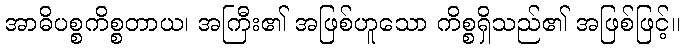
အာဓိပစ္စကိစ္စတာယ၊ အကြီး၏ အဖြစ်ဟူသော ကိစ္စရှိသည်၏ အဖြစ်ဖြင့်။